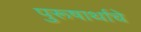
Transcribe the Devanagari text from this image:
पुरूषार्थाचे